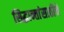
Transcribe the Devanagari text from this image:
सिद्धान्तांसाठीचे